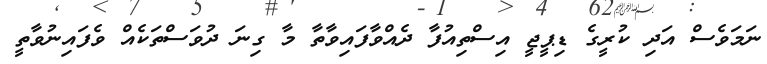
ނަމަވެސް އަދި ކުރީގެ ޑިޕީޖީ އިސްތިއުފާ ދެއްވާފައިވާތާ މާ ގިނަ ދުވަސްތަކެއް ވެފައިނުވާތީ